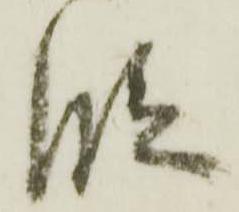
段